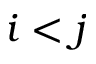
i < j